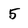
Character: 5